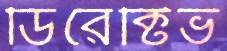
ডিরেক্টিভ